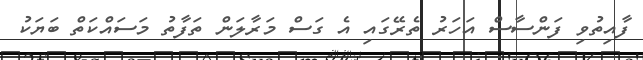
ފާއިތުވި ފަންސާސް އަހަރު ތެރޭގައި އެ ގަސް މަރާލަން ތަފާތު މަސައްކަތް ބަޔަކު